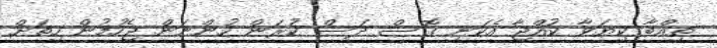
ތިއްބާ ކިޔަވާ ކުއްޖާ އެކަނި ގޮސް ދަސް ކުރަން ހުންނަން ޖެހުމުން ހިތަށް